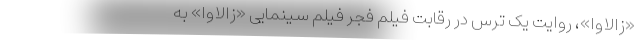
«زالاوا»، روایت یک ترس در رقابت فیلم فجر فیلم سینمایی «زالاوا» به